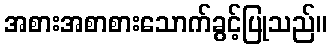
အစားအစာစားသောက်ခွင့်ပြုသည်။